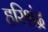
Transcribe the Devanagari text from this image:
हरिश्चंद्र